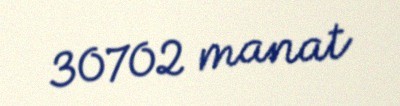
30702 manat